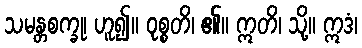
သမန္တစက္ခု၊ ဟူ၍။ ဝုစ္စတိ၊ ၏။ ဣတိ၊ သို့။ ဣဒံ၊